Report of the King Institute of Preventive Medicine, Guindy
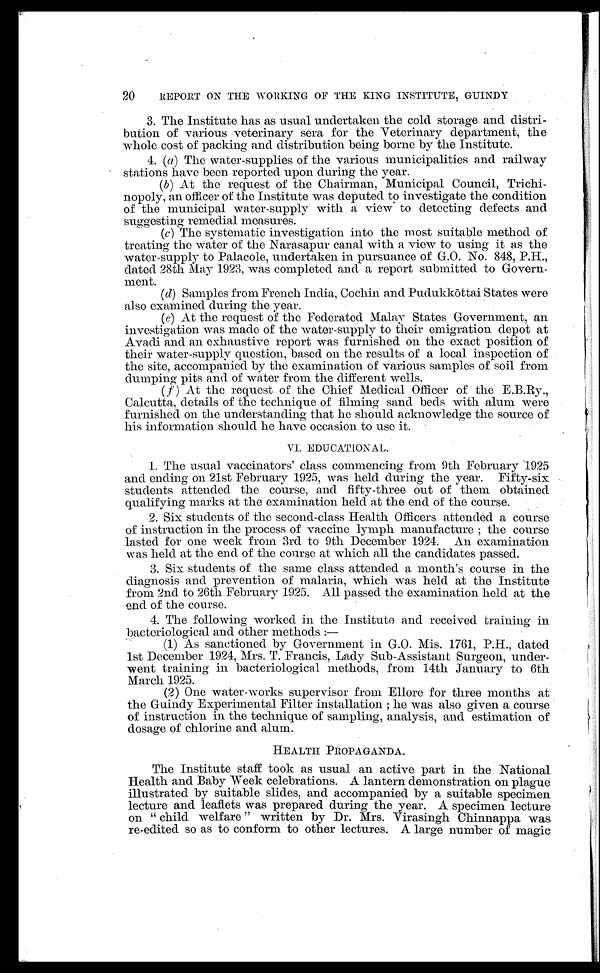
20
REPORT ON THE WORKING OF THE KING INSTITUTE, GUINDY
3. The Institute has as usual undertaken the cold storage and distri-
bution of various veterinary sera for the Veterinary department, the
whole cost of packing and distribution being borne by the Institute.
4.
(a) The water-supplies of the various municipalities and railway
stations have been reported upon during the year.
(b)
At the request of the Chairman, Municipal Council, Trichi
-
nopoly, an officer of the Institute was deputed to investigate the condition
of the municipal water-supply with a view to detecting defects and
suggesting remedial measures.
(c)
The systematic investigation into the most suitable method of
treating the water of the Narasapur canal with a view to using it as the
water-supply to Palacole, undertaken in pursuance of G.O. No. 848, P.H.,
dated 28th May 1923, was completed and a report submitted to Govern
-
ment.
•
(d)
Samples from French India, Cochin and Pudukk ō ttai States were
also examined during the year.
(e)
At the request of the Federated Malay States Government, an
investigation was made of the water-supply to their emigration depot at
Avadi and an exhaustive report was furnished on the exact position of
their water-supply question, based on the results of a local inspection of
the site, accompanied by the examination of various samples of soil from
dumping pits and of water from the different wells.
(f)
At the request of the Chief Medical Officer of the E.B.Ry.,
Calcutta, details of the technique of filming sand beds with alum were
furnished on the understanding that he should acknowledge the source of
his information should he have occasion to use it.
VI. EDUCATIONAL.
1. The usual vaccinators' class commencing from 9th February 1925
and ending on 21st February 1925, was held during the year. Fifty-six
students attended the course, and fifty-three out of them obtained
qualifying marks at the examination held at the end of the course.
2. Six students of the second-class Health Officers attended a course
of instruction in the process of vaccine lymph manufacture ; the course
lasted for one week from 3rd to 9th December 1924. An examination
was held at the end of the course at which all the candidates passed.
3. Six students of the same class attended a month's course in the
diagnosis and prevention of malaria, which was held at the Institute
from 2nd to 26th February 1925. All passed the examination held at the
end of the course.
4. The following worked in the Institute and received training in
bacteriological and other methods:
—
(1) As sanctioned by Government in G.O. Mis. 1761, P.H., dated
1st December 1924, Mrs. T. Francis, Lady Sub-Assistant Surgeon, under
-
went training in bacteriological methods, from 14th January to 6th
March 1925.
(2) One water-works supervisor from Ellore for three months at
the Guindy Experimental Filter installation; he was also given a course
of instruction in the technique of sampling, analysis, and estimation of
dosage of chlorine and alum.
HEALTH PROPAGANDA.
The Institute staff took as usual an active part in the National
Health and Baby Week celebrations. A lantern demonstration on plague
illustrated by suitable slides, and accompanied by a suitable specimen
lecture and leaflets was prepared during the year. A specimen lecture
on "child welfare" written by Dr. Mrs. Virasingh Chinnappa was
re-edited so as to conform to other lectures. A large number of magic